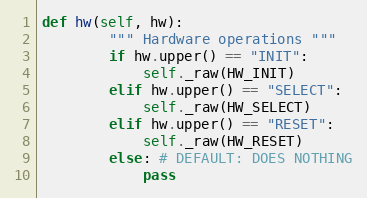
Language: Python
def hw(self, hw):
        """ Hardware operations """
        if hw.upper() == "INIT":
            self._raw(HW_INIT)
        elif hw.upper() == "SELECT":
            self._raw(HW_SELECT)
        elif hw.upper() == "RESET":
            self._raw(HW_RESET)
        else: # DEFAULT: DOES NOTHING
            pass